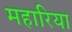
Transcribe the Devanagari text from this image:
महारिया